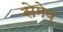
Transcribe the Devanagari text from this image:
सेमेय